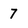
Character: 7